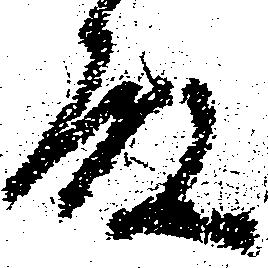
殿